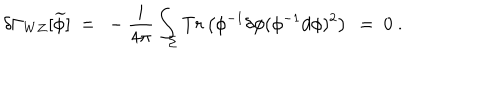
\delta \Gamma _ { W Z } [ \widetilde { \phi } ] \ = \ - \frac { i } { 4 \pi } \int _ { \Sigma } T r \left( \phi ^ { - 1 } \delta \phi ( \phi ^ { - 1 } d \phi ) ^ { 2 } \right) \ = \ 0 \ .